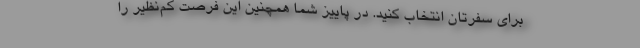
برای سفرتان انتخاب کنید. در پاییز شما همچنین این فرصت کم‌نظیر را